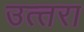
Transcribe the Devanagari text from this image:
उत्‍तरा